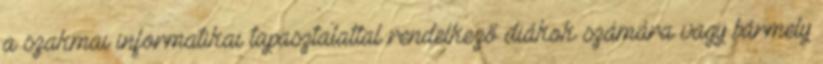
a szakmai informatikai tapasztalattal rendelkező diákok számára vagy bármely